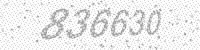
Solution: 836630